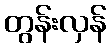
တွန်းလှန်